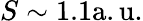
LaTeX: S\sim 1.1\mathrm{a.u.}